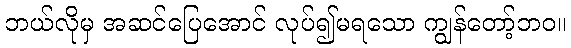
ဘယ်လိုမှ အဆင်ပြေအောင် လုပ်၍မရသော ကျွန်တော့်ဘဝ။